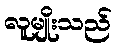
လူမျိုးသည်